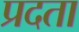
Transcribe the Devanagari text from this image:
प्रदता